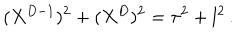
( X ^ { D - 1 } ) ^ { 2 } + ( X ^ { D } ) ^ { 2 } = \tau ^ { 2 } + l ^ { 2 } \, .